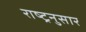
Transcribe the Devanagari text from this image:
राष्ट्रनुसार